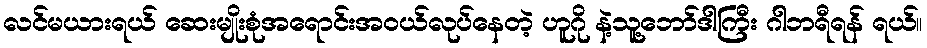
လင်မယားရယ် ဆေးမျိုးစုံအရောင်းအဝယ်လုပ်နေတဲ့ ဟူဂို နဲ့သူ့ဘော်ဒါကြီး ဂါဘရီရန် ရယ်။